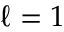
\ell = 1